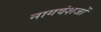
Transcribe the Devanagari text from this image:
नागवंशजों